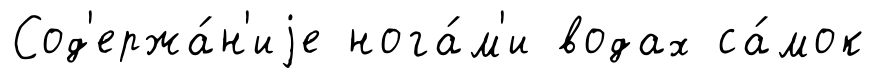
Сод'ержа́н'иjе нога́м'и водах са́мок